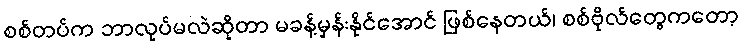
စစ်တပ်က ဘာလုပ်မလဲဆိုတာ မခန့်မှန်းနိုင်အောင် ဖြစ်နေတယ်၊ စစ်ဗိုလ်တွေကတော့